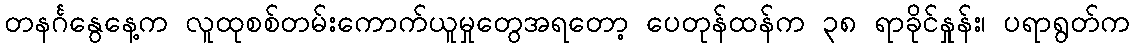
တနင်္ဂနွေနေ့က လူထုစစ်တမ်းကောက်ယူမှုတွေအရတော့ ပေတုန်ထန်က ၃၈ ရာခိုင်နှုန်း၊ ပရာရွတ်က